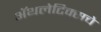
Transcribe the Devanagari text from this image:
अॅथलेटिक्सचे